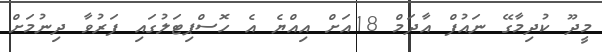
މީދޫ ކުދިމާގޭ ނައުފް އާދަމް 18އަށް އިއްޔެ އެ ހޮސްޕިޓަލުގައި ފަރުވާ ދިނުމަށް